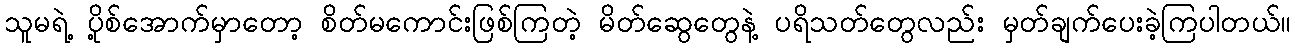
သူမရဲ့ ပို့စ်အောက်မှာတော့ စိတ်မကောင်းဖြစ်ကြတဲ့ မိတ်ဆွေတွေနဲ့ ပရိသတ်တွေလည်း မှတ်ချက်ပေးခဲ့ကြပါတယ်။